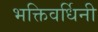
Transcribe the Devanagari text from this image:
भक्तिवर्धिनी